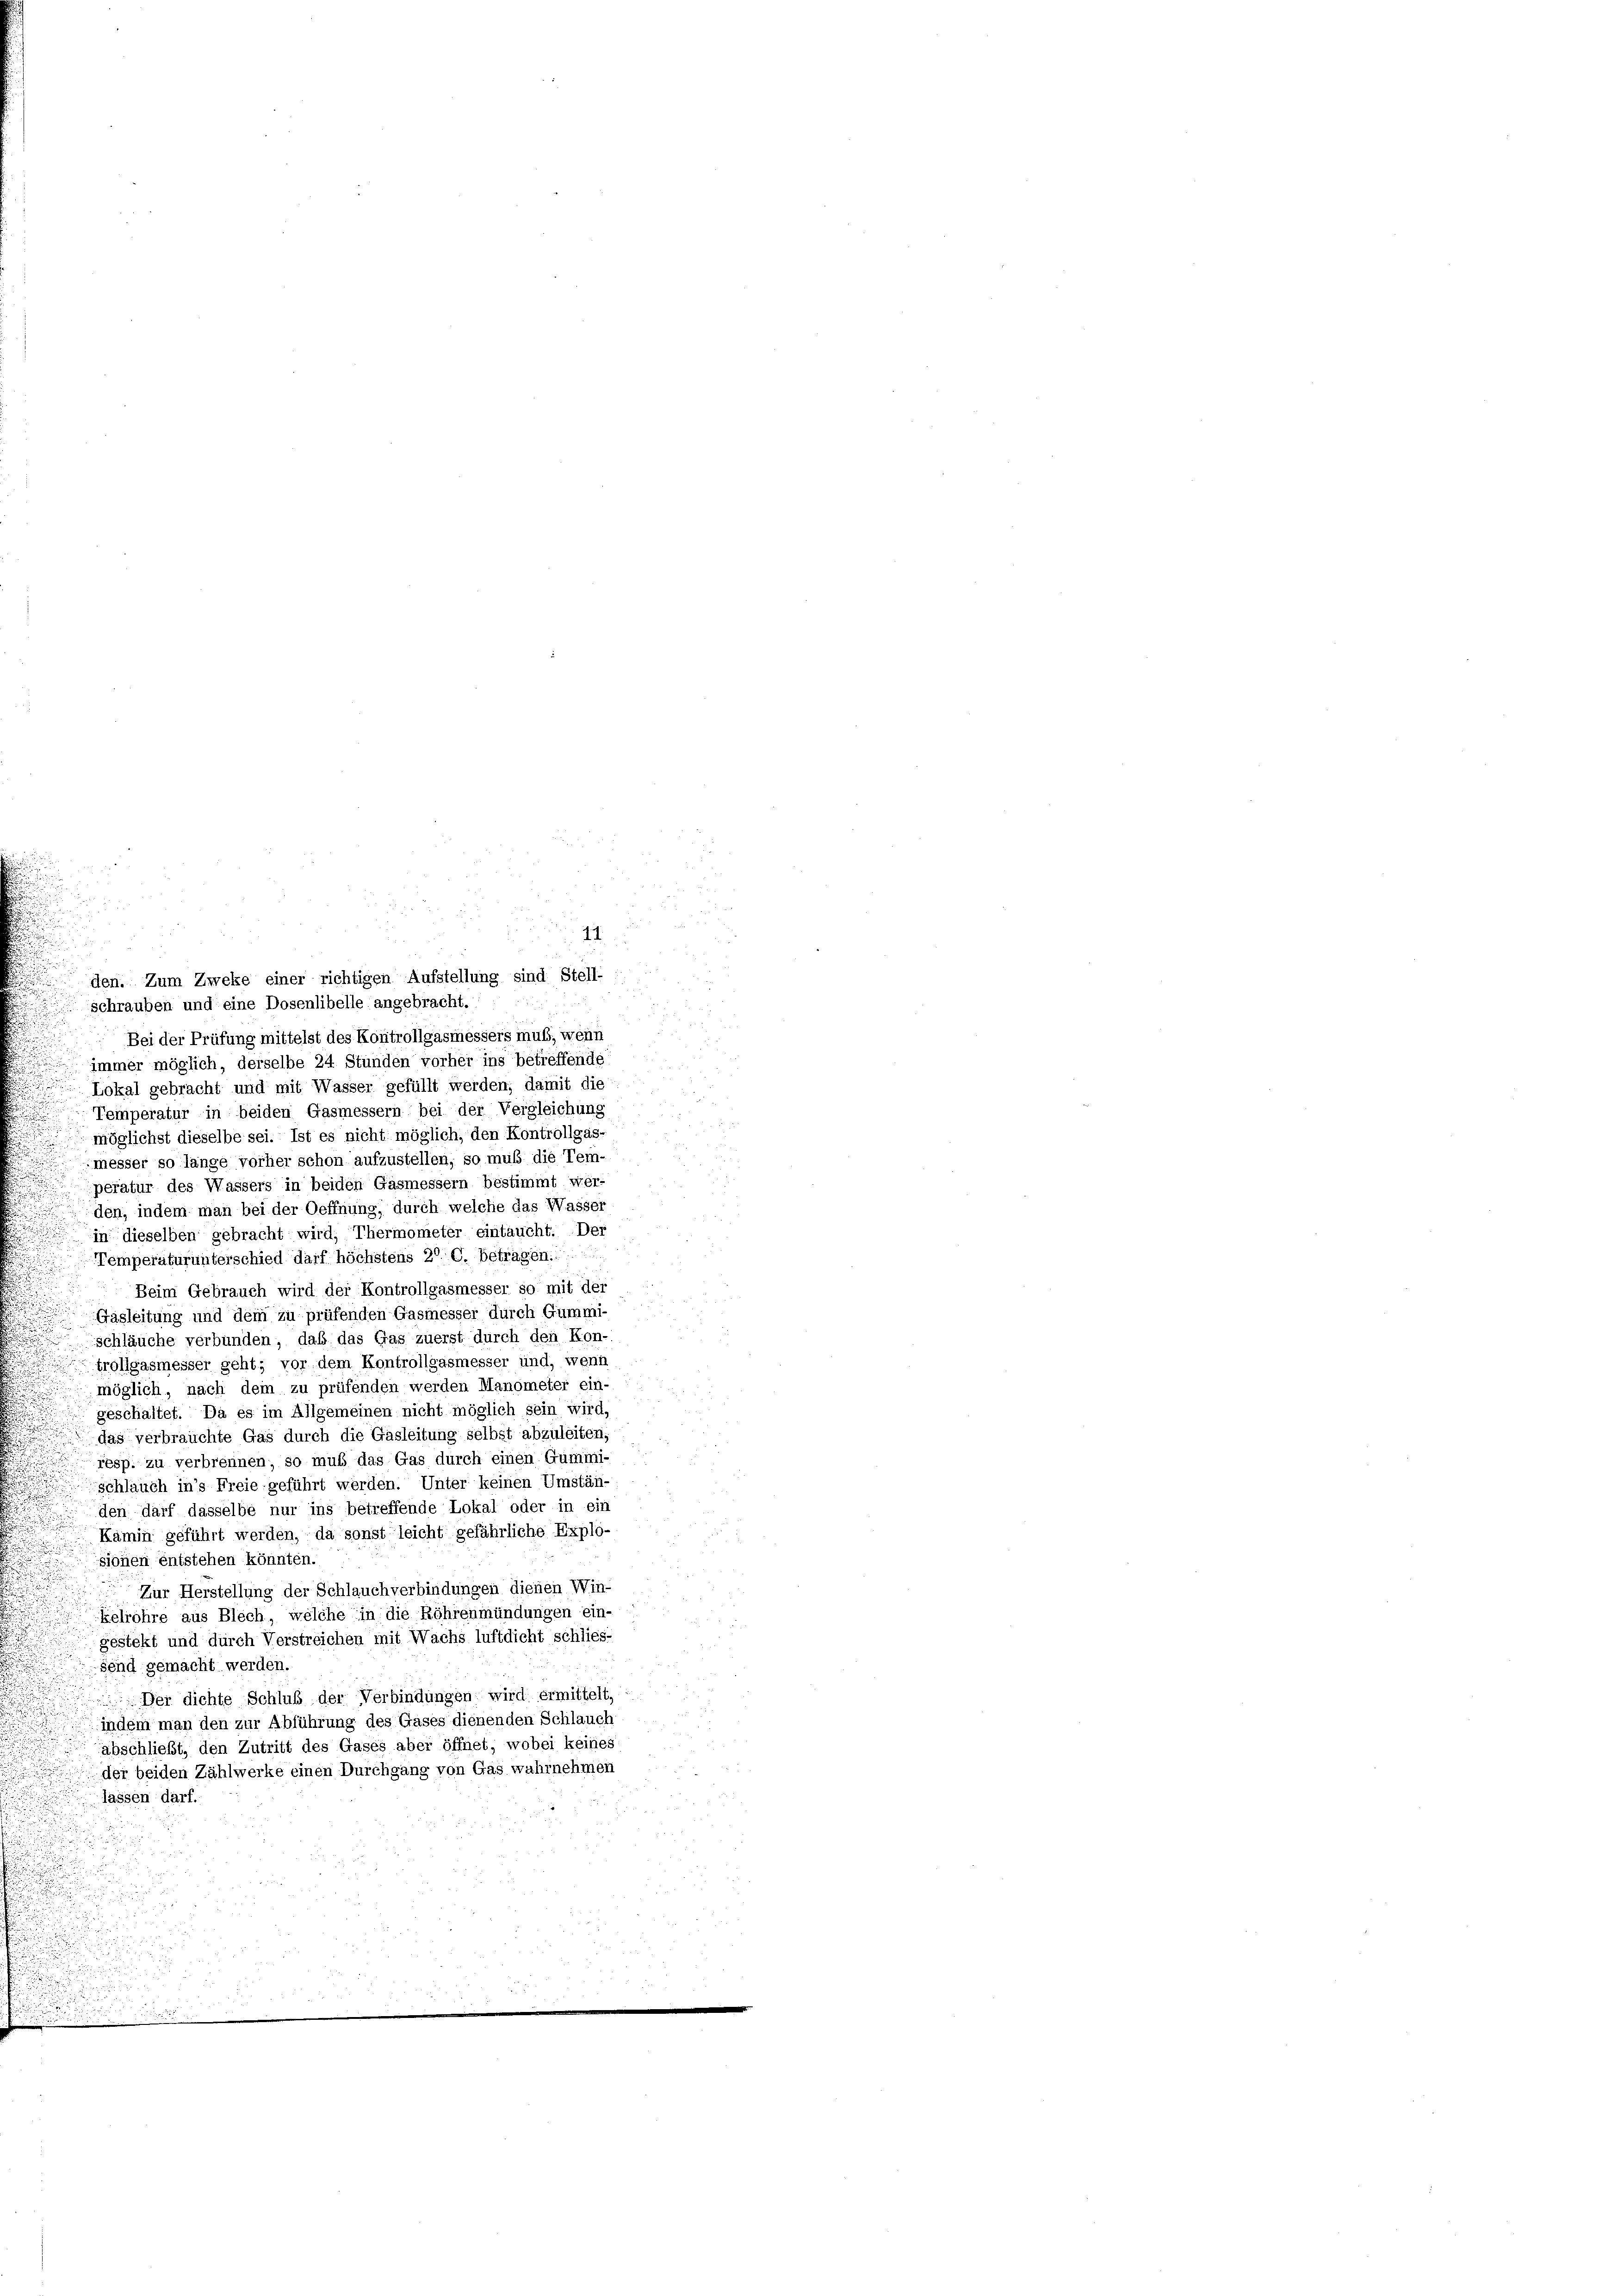
1.
den. Zum Zweke einer richtigen Aufstellung sind Stell-
schrauben und eine Dosenlibelle angebracht.
Bei der Prüfung mittelst des Kontrollgasmessers muß, wenn
immer möglich, derselbe 24 Stunden vorher ins betreffende
 Lokal gebracht und mit Wasser gefüllt werden, damit die
Temperatur in beiden Gasmessern bei der Vergleichung
möglichst dieselbe sei. Ist es nicht möglich, den Kontrollgas-
messer so länge vorher schon aufzustellen; so muß die Tem-
peratur des Wassers in beiden Gasmessern bestimmt wer-
den, indem man bei der Oeffnung, durch welche das Wasser
in dieselben gebracht wird, Thermometer eintaucht. Der
Temperaturunterschied darf höchstens 20 G. betragen.
Beim Gebrauch wird der Kontrollgasmesser so mit der
Gäsleitung und dem zu prüfenden Gasmesser durch Gummi-
schläuche verbunden, daß das Gas zuerst durch den Kon-
trollgasmesser geht; vor dem Kontrollgasmesser und, wenn
.
möglich, nach dem zu prüfenden werden Manometer ein-
geschaltet. Da es im Allgemeinen nicht möglich sein wird,
u
das verbrauchte Gas durch die Gasleitung selbst abzuleiten;
resp. zu verbrennen, so muß das Gas durch einen Gummi- :
u
d
schlauch in’s Freie geführt werden. Unter keinen Umstän-
den darf dasselbe nur ins betreffende Lokal oder in ein
Kamin geführt werden, da sonst leicht gefährliche Explo-
sionen entstehen könnten.
Zur Herstellung der Schlauch verbindungen dienen Win-
kelröhre aus Blech, welche in die Röhrenmündungen ein-
gesteht und durch Verstreichen mit Wachs luftdicht schlies-
send gemacht werden.
Der dichte Schluß der Verbindungen wird ermittelt,
u
indem man den zur Abführung des Gases dienenden Schlauch

.
abschließt, den Zutritt des Gases aber öffnet, wobei keines
.
der beiden Zählwerke einen Durchgang von Gas wahrnehmen

lassen darf.

2